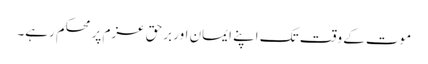
موت کے وقت تک اپنے ایمان اور برحق عزم پر محکم رہے۔